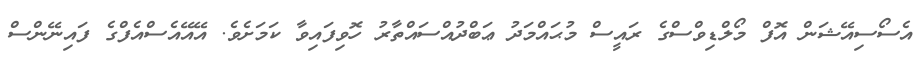
އެސޯސިއޭޝަން އޮފް މޯލްޑިވްސްގެ ރައީސް މުޙައްމަދު ޢަބްދުއްސައްތާރު ހޮވިފައިވާ ކަމަށެވެ. އޭއޭއެސްއެފްގެ ފައިނޭންސް